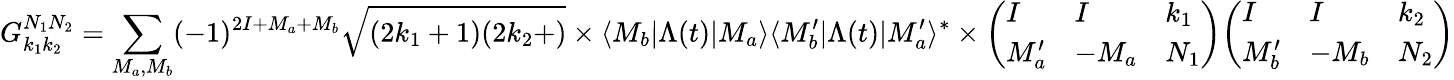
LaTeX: G_{k_{1}k_{2}}^{N_{1}N_{2}}=\sum_{M_{a},M_{b}}(-1)^{2I+M_{a}+M_{b}}{\sqrt{(2k_{1}+1)(2k_{2}+)}}\times\langle M_{b}|\Lambda(t)|M_{a}\rangle\langle M_{b}^{\prime}|\Lambda(t)|M_{a}^{\prime}\rangle^{*}\times{\left(\begin{array}{lll}{I}&{I}&{k_{1}}\\ {M_{a}^{\prime}}&{-M_{a}}&{N_{1}}\end{array}\right)}{\left(\begin{array}{lll}{I}&{I}&{k_{2}}\\ {M_{b}^{\prime}}&{-M_{b}}&{N_{2}}\end{array}\right)}